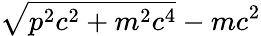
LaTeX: \sqrt{p^{2}c^{2}+m^{2}c^{4}}-mc^{2}